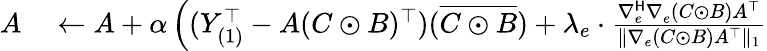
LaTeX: \begin{array}{rl}{A}&{{}\gets A+\alpha\left((Y_{(1)}^{\top}-A(C\odot B)^{\top})(\overline{{C\odot B}})+\lambda_{e}\cdot\frac{\nabla_{e}^{\mathsf{H}}\nabla_{e}^{}(C\odot B)A^{\top}}{\| \nabla_{e}(C\odot B)A^{\top}\| _{1}}\right.}\end{array}